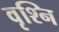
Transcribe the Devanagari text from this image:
वृश्नि